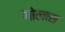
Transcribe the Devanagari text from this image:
गोलास